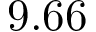
9 . 6 6